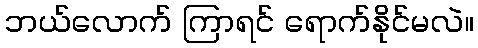
ဘယ်လောက် ကြာရင် ရောက်နိုင်မလဲ။